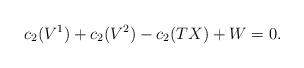
\begin{align*}c_{2}(V^{1})+c_{2}(V^{2})-c_{2}(TX)+W=0.\end{align*}